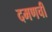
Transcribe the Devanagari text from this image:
दमणची